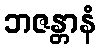
ဘဇန္တာနံ